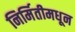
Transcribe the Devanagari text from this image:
निर्मितीमधून